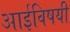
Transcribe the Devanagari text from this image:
आईविषयी